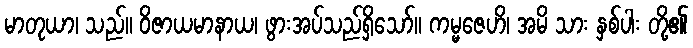
မာတုယာ၊ သည်။ ဝိဇာယမာနာယ၊ ဖွားအပ်သည်ရှိသော်။ ကမ္မဇေဟိ၊ အမိ သား နှစ်ပါး တို့၏